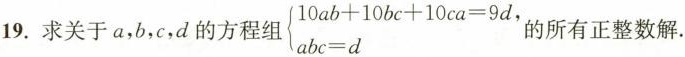
19.求关于a，b，c，d的方程组$$\left\{ \begin{matrix} 10ab+10bc+10ca=9d, \\ abc=d \\ \end{matrix} \right.$$的所有正整数解。